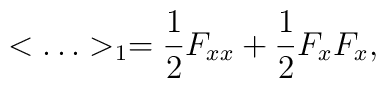
<\ldots >_1={1\over 2}F_{xx}+{1\over 2}F_xF_x,